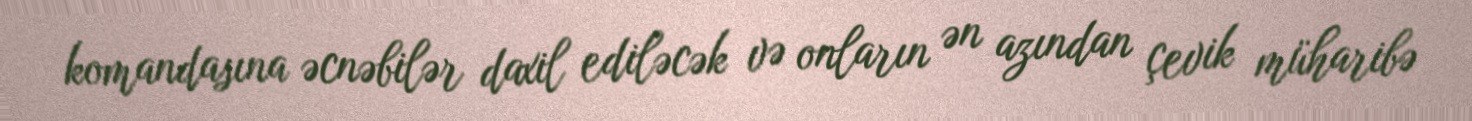
komandasına əcnəbilər daxil ediləcək və onların ən azından çevik müharibə